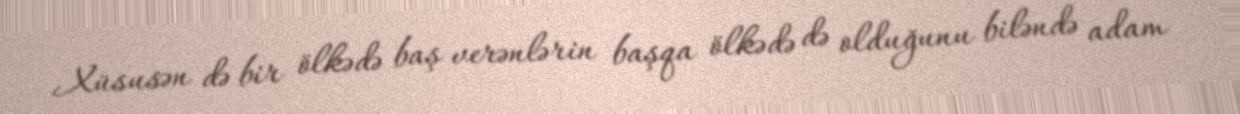
Xüsusən də bir ölkədə baş verənlərin başqa ölkədə də olduğunu biləndə adam